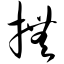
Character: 抚